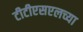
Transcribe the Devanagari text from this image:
टीटीएसएलच्या